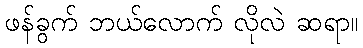
ဖန်ခွက် ဘယ်လောက် လိုလဲ ဆရာ။